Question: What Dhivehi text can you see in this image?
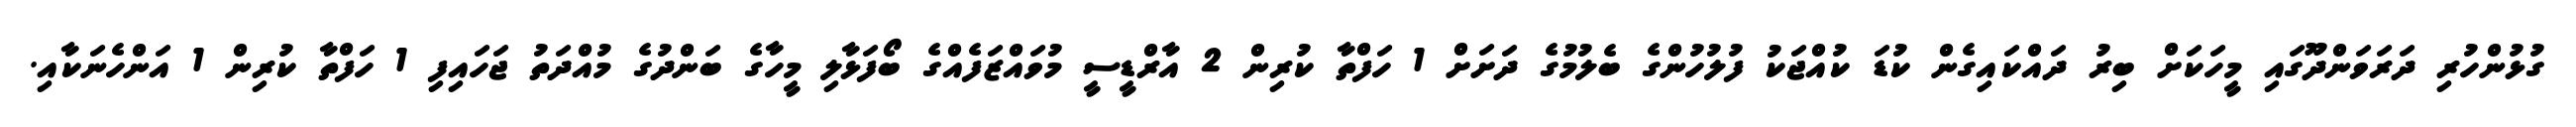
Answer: ގުޅުންހުރި ދަރަވަންދޫގައި މީހަކަށް ބިރު ދައްކައިގެން ކުޑަ ކުއްޖަކު ފުލުހުންގެ ބެލުމުގެ ދަށަށް 1 ހަފްތާ ކުރިން 2 އާރްޑީސީ މުވައްޒަފެއްގެ ބޯފަޅާލި މީހާގެ ބަންދުގެ މުއްދަތު ޖަހައިފި 1 ހަފްތާ ކުރިން 1 އަންހެނަކާއި.